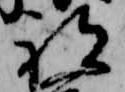
祁